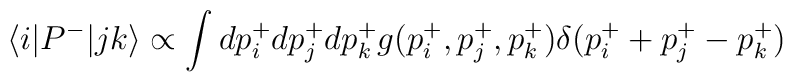
\langle i| P^-|jk\rangle\propto \int dp_i^+ dp_j^+ dp_k^+  g(p_i^+, p_j^+, p_k^+) \delta(p_i^+ +p_j^+-p_k^+)